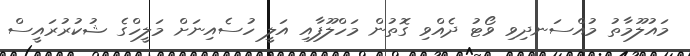
މައުލޫމާތު މުއްސަނދިވި ވޯޓު ދެއްވި ގޮތުން މަހްލޫފާއި އަލީ ހުސެއިނަށް މަލީހްގެ ޝުކުރުރައީސް